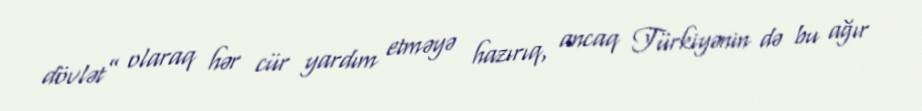
dövlət” olaraq hər cür yardım etməyə hazırıq, ancaq Türkiyənin də bu ağır